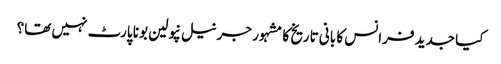
کیا جدید فرانس کا بانی تاریخ کا مشہور جرنیل نپولین بونا پارٹ نہیں تھا؟